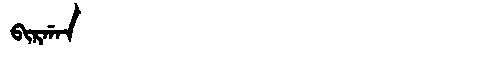
Manchu: ᠪᡳᡵᡤᠠᠨ
Romanization: BIRGAN